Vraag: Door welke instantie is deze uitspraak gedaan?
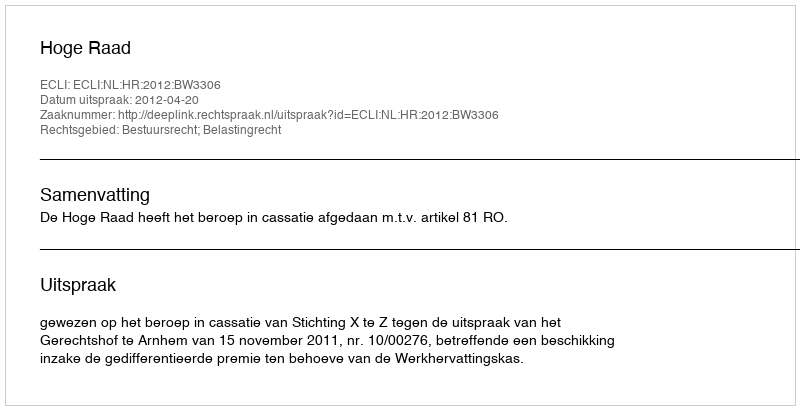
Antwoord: Hoge Raad